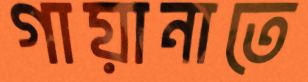
গায়ানাতে